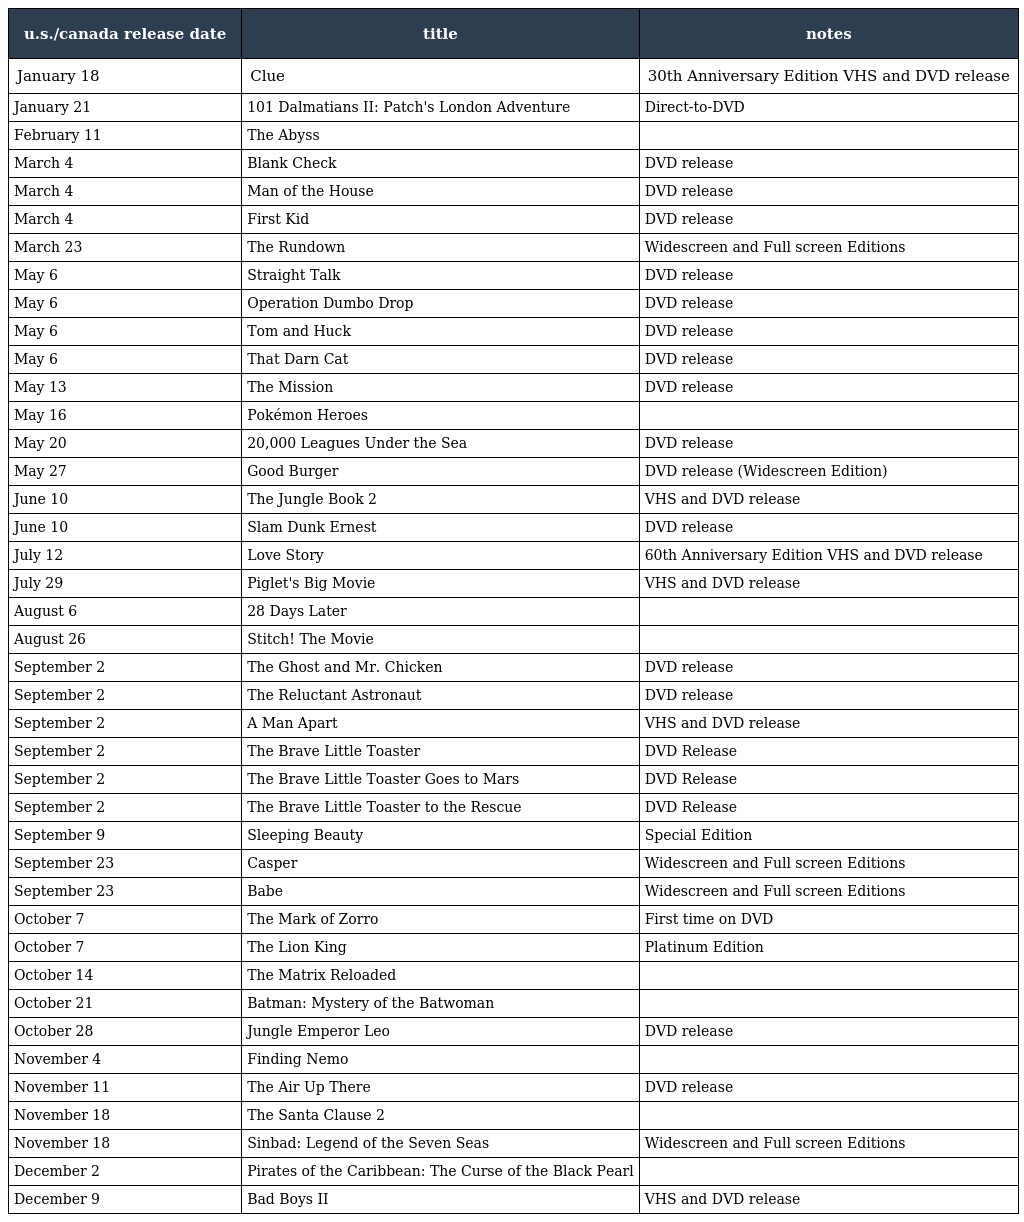
| u.s./canada release date | title | notes |
 | --- | --- | --- |
 | January 18 | Clue | 30th Anniversary Edition VHS and DVD release |
 | January 21 | 101 Dalmatians II: Patch's London Adventure | Direct-to-DVD |
 | February 11 | The Abyss |  |
 | March 4 | Blank Check | DVD release |
 | March 4 | Man of the House | DVD release |
 | March 4 | First Kid | DVD release |
 | March 23 | The Rundown | Widescreen and Full screen Editions |
 | May 6 | Straight Talk | DVD release |
 | May 6 | Operation Dumbo Drop | DVD release |
 | May 6 | Tom and Huck | DVD release |
 | May 6 | That Darn Cat | DVD release |
 | May 13 | The Mission | DVD release |
 | May 16 | Pokémon Heroes |  |
 | May 20 | 20,000 Leagues Under the Sea | DVD release |
 | May 27 | Good Burger | DVD release (Widescreen Edition) |
 | June 10 | The Jungle Book 2 | VHS and DVD release |
 | June 10 | Slam Dunk Ernest | DVD release |
 | July 12 | Love Story | 60th Anniversary Edition VHS and DVD release |
 | July 29 | Piglet's Big Movie | VHS and DVD release |
 | August 6 | 28 Days Later |  |
 | August 26 | Stitch! The Movie |  |
 | September 2 | The Ghost and Mr. Chicken | DVD release |
 | September 2 | The Reluctant Astronaut | DVD release |
 | September 2 | A Man Apart | VHS and DVD release |
 | September 2 | The Brave Little Toaster | DVD Release |
 | September 2 | The Brave Little Toaster Goes to Mars | DVD Release |
 | September 2 | The Brave Little Toaster to the Rescue | DVD Release |
 | September 9 | Sleeping Beauty | Special Edition |
 | September 23 | Casper | Widescreen and Full screen Editions |
 | September 23 | Babe | Widescreen and Full screen Editions |
 | October 7 | The Mark of Zorro | First time on DVD |
 | October 7 | The Lion King | Platinum Edition |
 | October 14 | The Matrix Reloaded |  |
 | October 21 | Batman: Mystery of the Batwoman |  |
 | October 28 | Jungle Emperor Leo | DVD release |
 | November 4 | Finding Nemo |  |
 | November 11 | The Air Up There | DVD release |
 | November 18 | The Santa Clause 2 |  |
 | November 18 | Sinbad: Legend of the Seven Seas | Widescreen and Full screen Editions |
 | December 2 | Pirates of the Caribbean: The Curse of the Black Pearl |  |
 | December 9 | Bad Boys II | VHS and DVD release |